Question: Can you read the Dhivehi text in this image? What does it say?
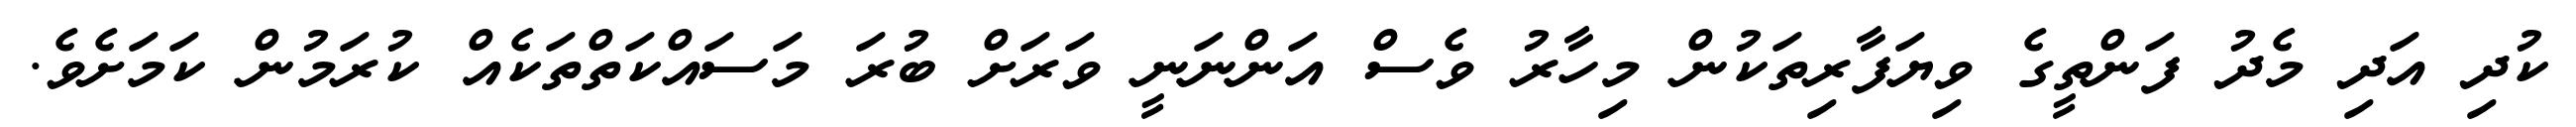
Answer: ކުދި އަދި މެދު ފަންތީގެ ވިޔަފާރިތަކުން މިހާރު ވެސް އަންނަނީ ވަރަށް ބުރަ މަސައްކަތްތަކެއް ކުރަމުން ކަމަށެވެ.